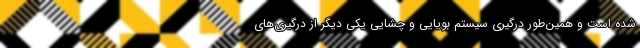
شده است و همین‌طور درگیری سیستم بویایی و چشایی یکی دیگر از درگیری‌های